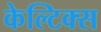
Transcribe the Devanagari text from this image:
केल्टिक्स